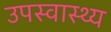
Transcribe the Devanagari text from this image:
उपस्‍वास्‍थ्‍य